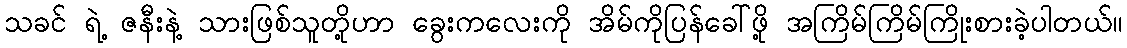
သခင် ရဲ့ ဇနီးနဲ့ သားဖြစ်သူတို့ဟာ ခွေးကလေးကို အိမ်ကိုပြန်ခေါ်ဖို့ အကြိမ်ကြိမ်ကြိုးစားခဲ့ပါတယ်။